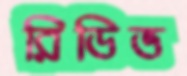
রিডিভ